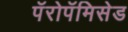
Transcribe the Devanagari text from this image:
पॅरोपॅमिसेड